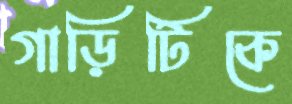
গাড়িটিকে